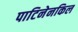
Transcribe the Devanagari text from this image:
पाटिनेनकिल